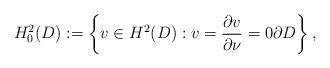
LaTeX: \begin{align*}H_0^2(D) :=\left\{ v \in H^2(D): v = \frac{\partial v}{\partial \nu}=0 \partial D \right\}, \end{align*}